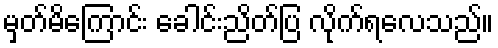
မှတ်မိကြောင်း ခေါင်းညိတ်ပြ လိုက်ရလေသည်။